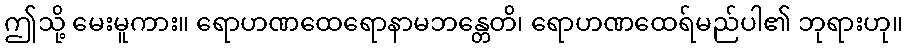
ဤသို့ မေးမူကား။ ရောဟဏထေရောနာမဘန္တေတိ၊ ရောဟဏထေရ်မည်ပါ၏ ဘုရားဟု။